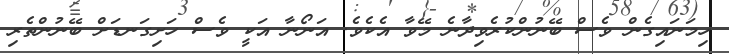
ހިމަނައިގެން ވެސް ބޭނުންކުރެވިދާނެ މޭވާ އެކެވެ. އަނޯނާ އަކީ ވެސް ހަށިގަނޑަށް ބޭނުންތެރި